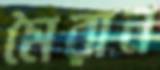
মৈরান